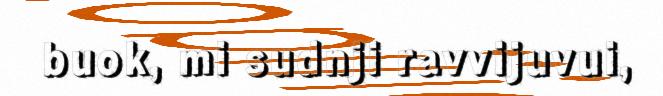
buok, mi sudnji ravvijuvui,